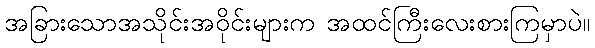
အခြားသောအသိုင်းအဝိုင်းများက အထင်ကြီးလေးစားကြမှာပဲ။